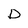
Character: D